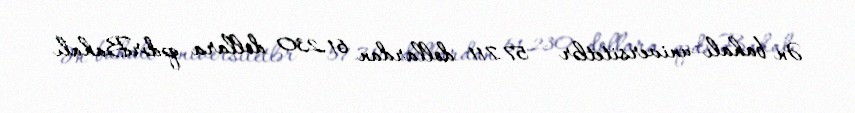
Ən bahalı universitetlər - 57.711 dollardan 61.230 dollara qədərBahalı